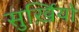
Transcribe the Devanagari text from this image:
सुर्ख़ियो